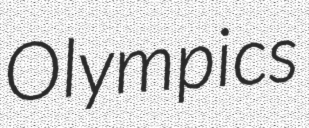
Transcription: Olympics